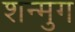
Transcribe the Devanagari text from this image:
शन्मुग